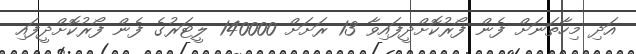
އަދި މިހާތަނަށް ފެން ފޯރުކޮށްދީފައިވާ 13 ރަށަށް 140000 ލީޓަރުގެ ފެން ފޯރުކޮށްދީފައި